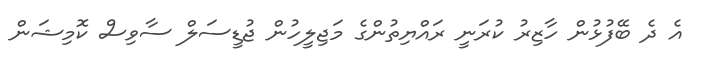
އެ ދެ ބޭފުޅުން ހާޒިރު ކުރަނީ ރައްޔިތުންގެ މަޖިލީހުން ޖުޑީސަލް ސާވިސް ކޮމިޝަން